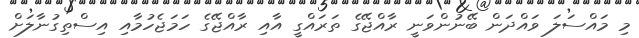
މި މައްސަލަ ވައްދަން ބޭނުންވަނީ ރާއްޖޭގެ ތަރައްގީ އާއި ރާއްޖޭގެ ހަމަޖެހުމާއި އިސްތިގުނާލަށް